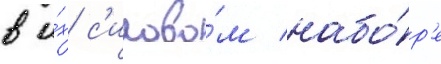
в и́х с'илово́м набо́р'е